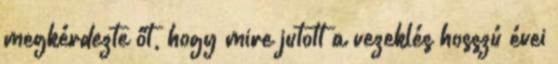
megkérdezte őt, hogy mire jutott a vezeklés hosszú évei